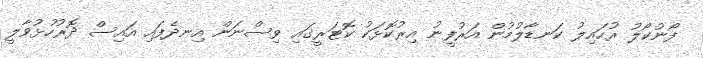
ފޯނުކޯލު ރުހައިލު ކަނޑާލުމުން އަރުފީނު އިރުކޮޅަކު ކޮޓަރީގައި ވިސްނަން އިނދެފައި އައިސް ދޮރުހުޅުވާލީ